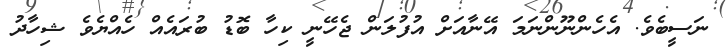
ނަސީބެވެ. އެހެންނޫންނަމަ އޭނާއަށް އުފުލަން ޖެހޭނީ ކިހާ ބޮޑު ބުރައެއް ހެއްޔެވެ ޝިހާދު